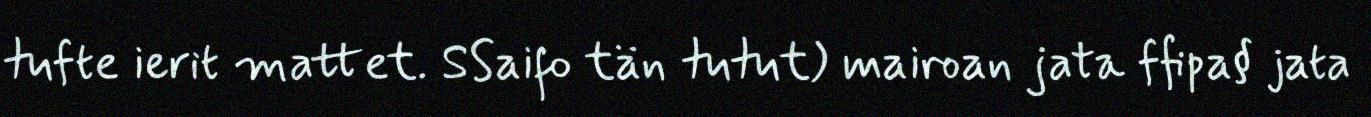
tufte ierit mattet. SSaifo tän tutut) mairoan jata ffipa§ jata